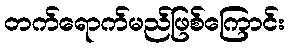
တက်ရောက်မည်ဖြစ်ကြောင်း